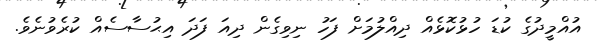
އުއްމީދުގެ ކުޑަ ހުޅުކޮޅެއް ދިއްލުމަށް ފަހު ނިވިގެން ދިއަ ފަދަ އިޙުސާސެއް ކުރެވުނެވެ.